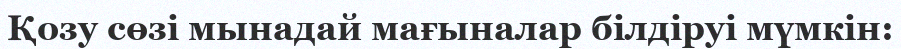
Қозу сөзі мынадай мағыналар білдіруі мүмкін: